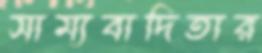
সাম্যবাদিতার